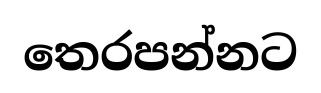
තෙරපන්නට